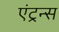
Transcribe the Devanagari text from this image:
एंट्रन्स